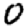
Digit: 0